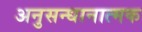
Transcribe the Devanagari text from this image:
अनुसन्धानात्मक